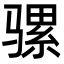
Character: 骡